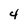
Character: 4